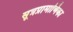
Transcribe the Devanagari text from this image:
सूत्रप्रामाणिका